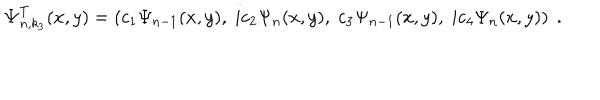
{ \bf \Psi } _ { n , k _ { 3 } } ^ { T } ( x , y ) = \left( c _ { 1 } \Psi _ { n - 1 } ( x , y ) , \; i c _ { 2 } \Psi _ { n } ( x , y ) , \; c _ { 3 } \Psi _ { n - 1 } ( x , y ) , \; i c _ { 4 } \Psi _ { n } ( x , y ) \right) \; .